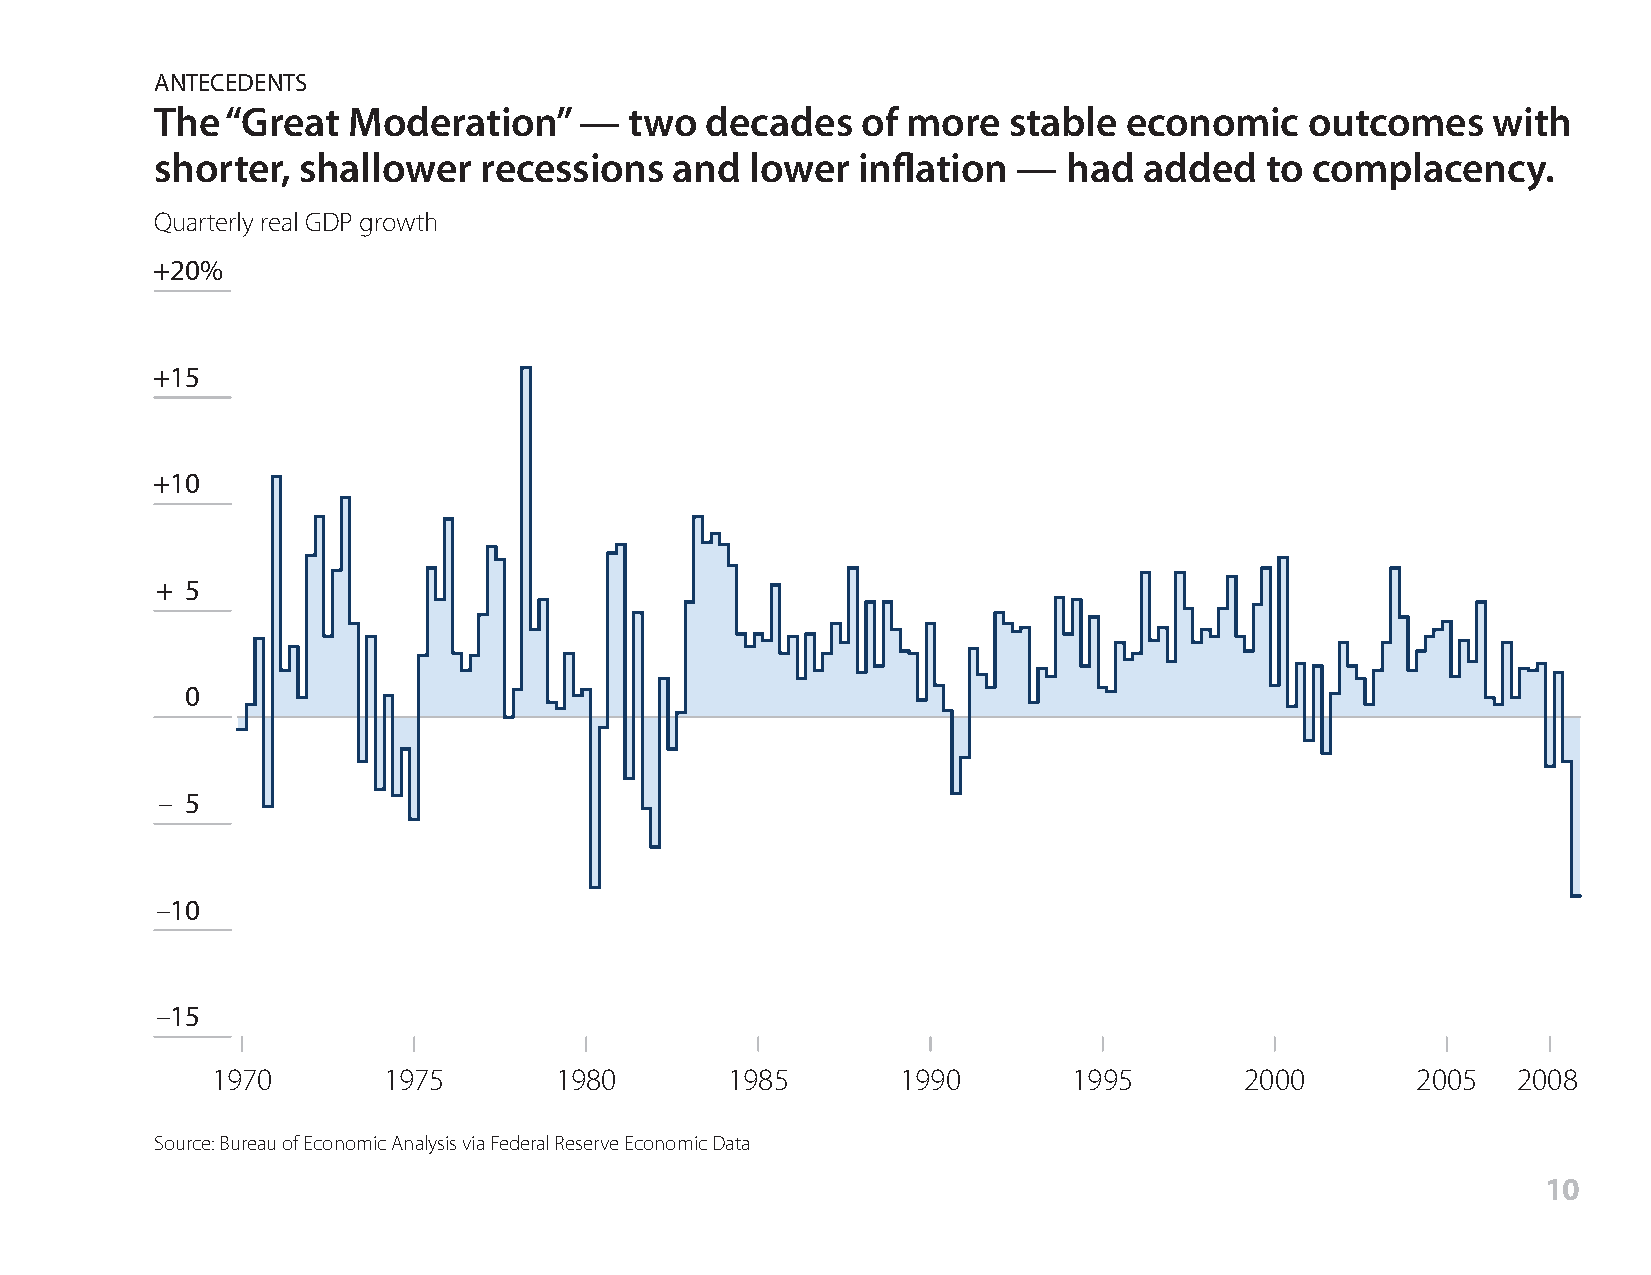
ANTECEDENTS
 The  “Great  Moderation”    —   two  decades   of more   stable economic     outcomes    with
 shorter,  shallower   recessions   and  lower  inflation —   had  added   to complacency.
 Quarterly real GDP growth
 +20%
 +15
 +10
 + 5
 0
 – 5
 –10
 –15
 1970       1975        1980       1985        1990       1995       2000        2005  2008
 Source: Bureau of Economic Analysis via Federal Reserve Economic Data
 10